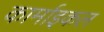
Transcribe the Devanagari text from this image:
कार्माइकल